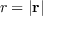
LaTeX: r = | \mathbf { r } |